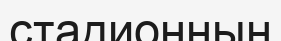
стадионның